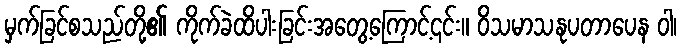
မှက်ခြင်စသည်တို့၏ ကိုက်ခဲထိပါးခြင်းအတွေ့ကြောင့်၎င်း။ ဝိသမာသနုပတာပေန ဝါ၊